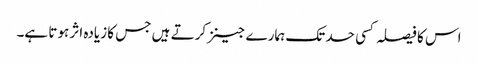
اس کا فیصلہ کسی حد تک ہمارے جینز کرتے ہیں جس کا زیادہ اثر ہوتا ہے۔